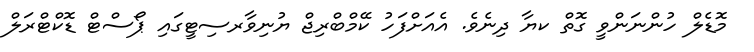
މޮޑެލް ހުންނަންވީ ގޮތް ކޔާ ދިނެވެ. އެއަށްފަހު ކޭމްބްރިޖް ޔުނިވާރސިޓީގައި ޕޯސްޓް ޑޮކްޓްރަލް